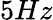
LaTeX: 5Hz